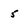
Character: 5